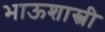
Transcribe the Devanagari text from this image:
भाऊशास्त्री